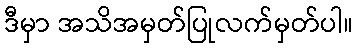
ဒီမှာ အသိအမှတ်ပြုလက်မှတ်ပါ။